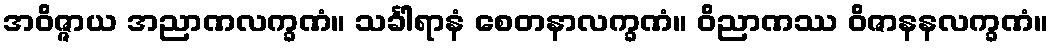
အဝိဇ္ဇာယ အညာဏလက္ခဏံ။ သင်္ခါရာနံ စေတနာလက္ခဏံ။ ဝိညာဏဿ ဝိဇာနနလက္ခဏံ။